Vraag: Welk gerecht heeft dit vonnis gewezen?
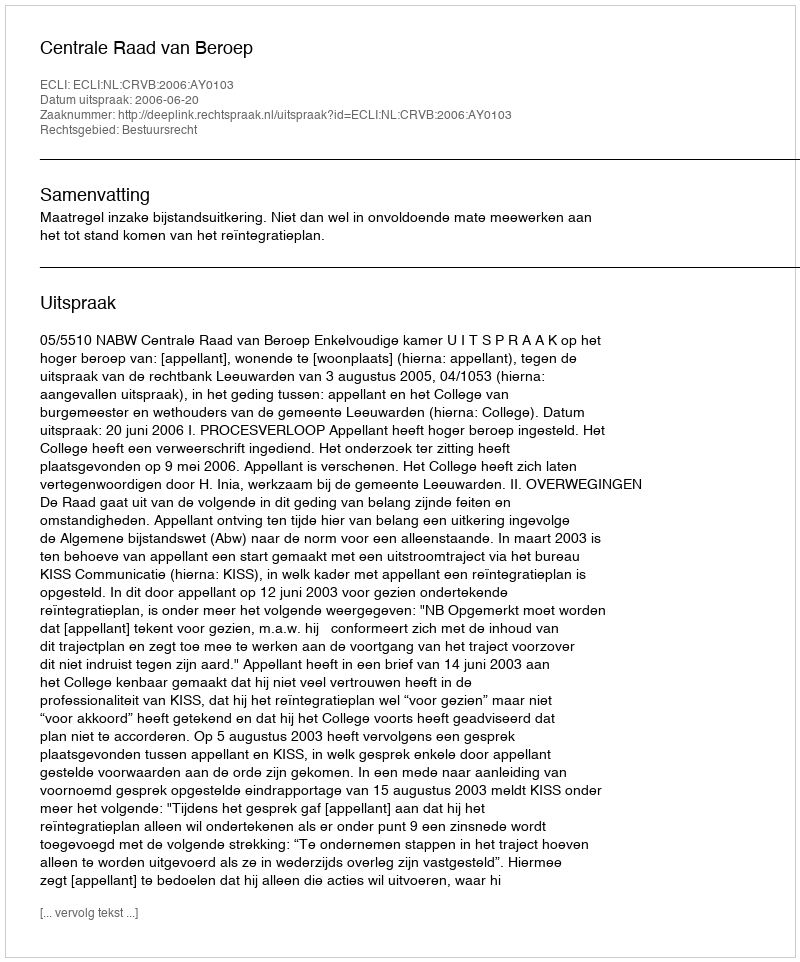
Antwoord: Centrale Raad van Beroep